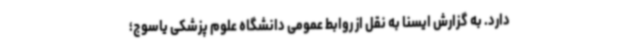
دارد. به گزارش ایسنا به نقل از روابط عمومی دانشگاه علوم پزشکی یاسوج؛